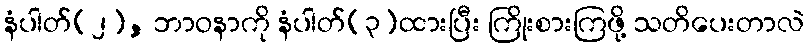
နံပါတ်(၂), ဘာဝနာကို နံပါတ်(၃)ထားပြီး ကြိုးစားကြဖို့ သတိပေးတာလဲ